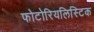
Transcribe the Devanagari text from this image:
फोटोरियलिस्टिक